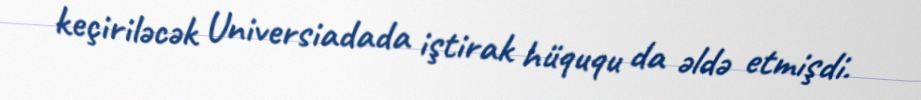
keçiriləcək Universiadada iştirak hüququ da əldə etmişdi.